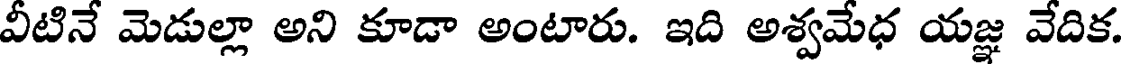
వీటినే మెడుల్లా అని కూడా అంటారు. ఇది అశ్వమేధ యజ్ఞ వేదిక